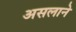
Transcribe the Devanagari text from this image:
असलाने